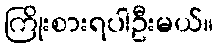
ကြိုးစားရပါဦးမယ်။